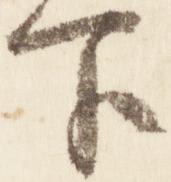
下